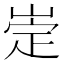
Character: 𡹦